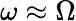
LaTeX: \omega\approx\Omega